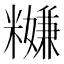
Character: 𥽎